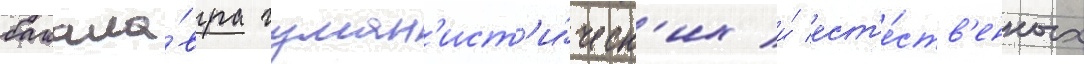
бакала́вра гуман'ист'и́ческ'их и́ ест'е́ств'енных